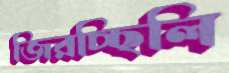
জিরচ্ছিলি